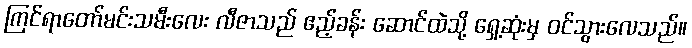
ကြင်ရာတော်မင်းသမီးလေး လီဇာသည် ဧည့်ခန်း ဆောင်ထဲသို့ ရှေ့ဆုံးမှ ဝင်သွားလေသည်။